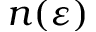
n ( \varepsilon )